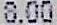
8.00